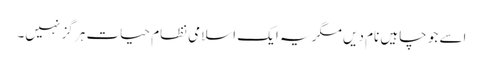
اسے جو چاہیں نام دیں مگر یہ ایک اسلامی نظام حیات ہر گز نہیں۔